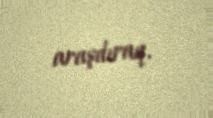
araşdıraq.